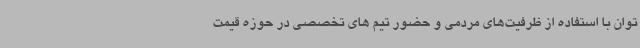
توان با استفاده از ظرفیت‌های مردمی و حضور تیم های تخصصی در حوزه قیمت